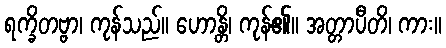
ရက္ခိတဗ္ဗာ၊ ကုန်သည်။ ဟောန္တိ၊ ကုန်၏။ အတ္တာပီတိ၊ ကား။